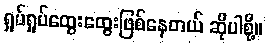
ရှုပ်ရှုပ်ထွေးထွေးဖြစ်နေတယ် ဆိုပါစို့။